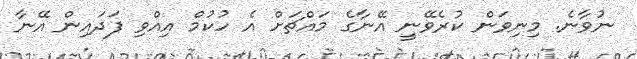
ނުވާނެ. މިނިވަން ކުރެވޭނީ އޭނާގެ މައްޗަށް އެ ހުކުމް އިއްވި ފަދައިން އޭނާ